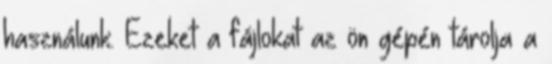
használunk. Ezeket a fájlokat az ön gépén tárolja a